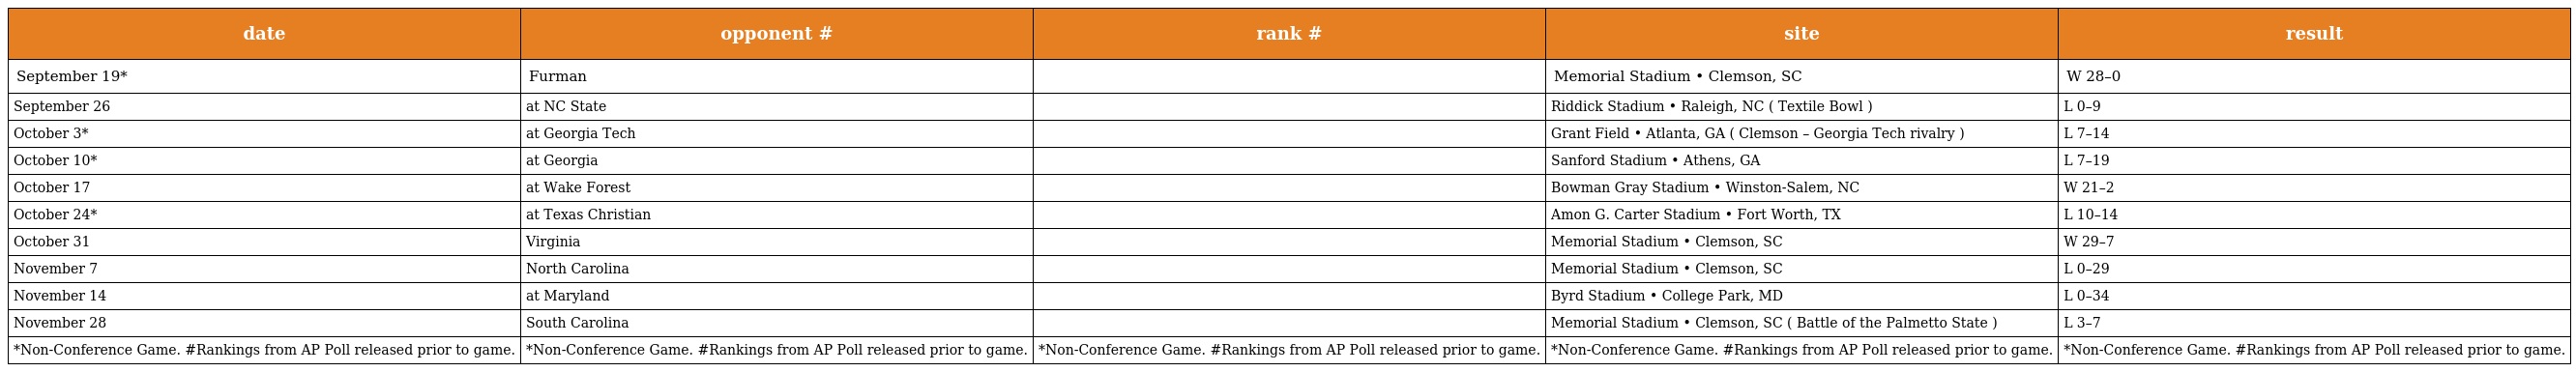
| date | opponent # | rank # | site | result |
 | --- | --- | --- | --- | --- |
 | September 19* | Furman |  | Memorial Stadium • Clemson, SC | W 28–0 |
 | September 26 | at NC State |  | Riddick Stadium • Raleigh, NC ( Textile Bowl ) | L 0–9 |
 | October 3* | at Georgia Tech |  | Grant Field • Atlanta, GA ( Clemson – Georgia Tech rivalry ) | L 7–14 |
 | October 10* | at Georgia |  | Sanford Stadium • Athens, GA | L 7–19 |
 | October 17 | at Wake Forest |  | Bowman Gray Stadium • Winston-Salem, NC | W 21–2 |
 | October 24* | at Texas Christian |  | Amon G. Carter Stadium • Fort Worth, TX | L 10–14 |
 | October 31 | Virginia |  | Memorial Stadium • Clemson, SC | W 29–7 |
 | November 7 | North Carolina |  | Memorial Stadium • Clemson, SC | L 0–29 |
 | November 14 | at Maryland |  | Byrd Stadium • College Park, MD | L 0–34 |
 | November 28 | South Carolina |  | Memorial Stadium • Clemson, SC ( Battle of the Palmetto State ) | L 3–7 |
 | *Non-Conference Game. #Rankings from AP Poll released prior to game. | *Non-Conference Game. #Rankings from AP Poll released prior to game. | *Non-Conference Game. #Rankings from AP Poll released prior to game. | *Non-Conference Game. #Rankings from AP Poll released prior to game. | *Non-Conference Game. #Rankings from AP Poll released prior to game. |